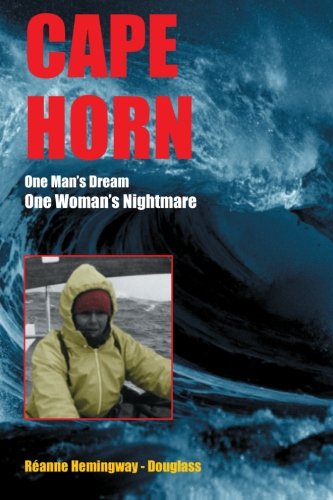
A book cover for Cape Horn: One Man's Dream, One Woman's Nightmare; RÃ©anne Hemingway-Douglass; Travel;